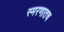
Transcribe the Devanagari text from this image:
स्मरणातच